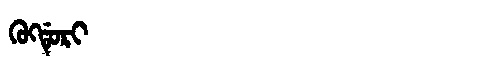
Manchu: ᡴᡠᡴᡩᡠᡵᡳ
Romanization: KUKDURI